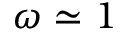
\omega \simeq 1